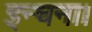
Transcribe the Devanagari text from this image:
इन्चना।